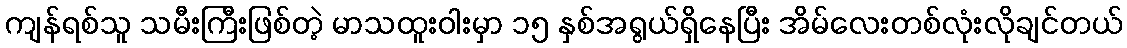
ကျန်ရစ်သူ သမီးကြီးဖြစ်တဲ့ မာသထူးဝါးမှာ ၁၅ နှစ်အရွယ်ရှိနေပြီး အိမ်လေးတစ်လုံးလိုချင်တယ်